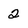
Character: 2